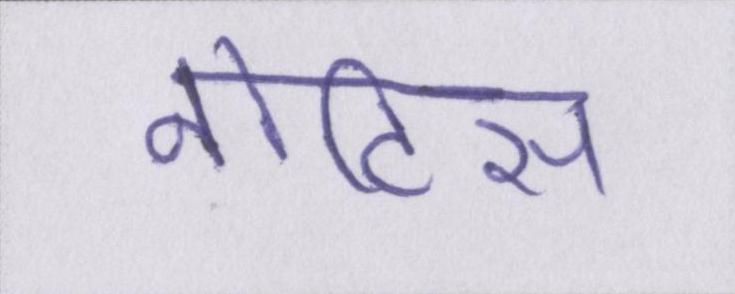
नोटिस